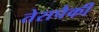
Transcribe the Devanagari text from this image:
तेरापैकी